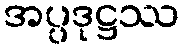
အပ္ပဒုဋ္ဌဿ